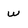
Character: w